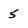
Character: 5